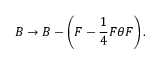
B \rightarrow B - \left( F - \frac { 1 } { 4 } F \theta F \right) .